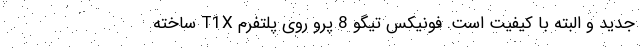
جدید و البته با کیفیت است. فونیکس تیگو 8 پرو روی پلتفرم T1X ساخته